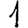
Digit: 1